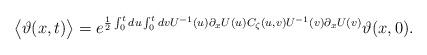
LaTeX: \begin{align*}\bigl<\vartheta(x,t)\bigr> = e^{\frac{1}{2}\int_0^t du\int_0^t dv U^{-1}(u)\partial_x U(u) C_\zeta(u,v) U^{-1}(v)\partial_x U(v)} \vartheta(x,0).\end{align*}